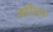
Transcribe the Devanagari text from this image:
ज़रीरान